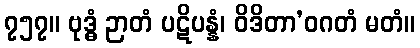
၇၅၇။ ဗုဒ္ဓံ ဉာတံ ပဋိပန္နံ၊ ဝိဒိတာ’ဝဂတံ မတံ။